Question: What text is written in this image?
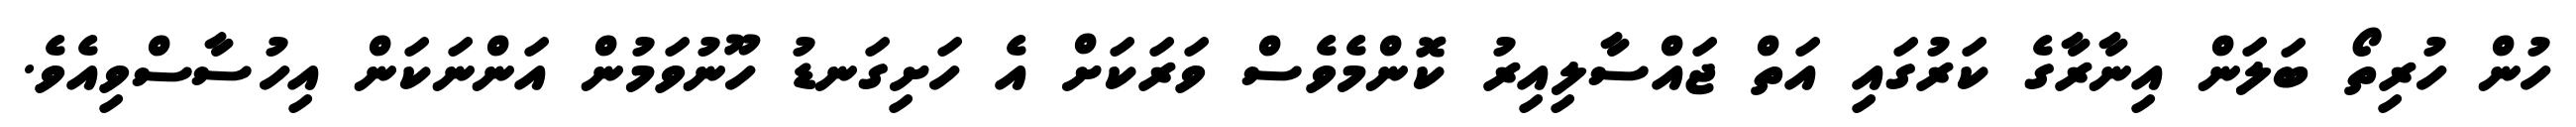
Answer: ހުން ހުރިތޯ ބަލަން އިނާރާގެ ކަރުގައި އަތް ޖައްސާލިއިރު ކޮންމެވެސް ވަރަކަށް އެ ހަށިގަނޑު ހޫނުވަމުން އަންނަކަން އިހުސާސްވިއެވެ.